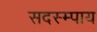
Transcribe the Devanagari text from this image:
सदस्म्पाय